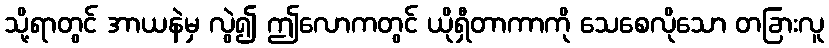
သို့ရာတွင် အာယနဲမှ လွဲ၍ ဤလောကတွင် ယိုရှီတာကာကို သေစေလိုသော တခြားလူ